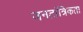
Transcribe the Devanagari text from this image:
जनतांत्रिकता